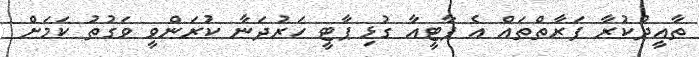
ތާއީދުކުރާ ފަރާތްތައް އެ ޕާޓީއާ ގުޅި ޕާޓީ ހަރުދަނާ ކުރަންވީ ވަގުތު ކަމަށް